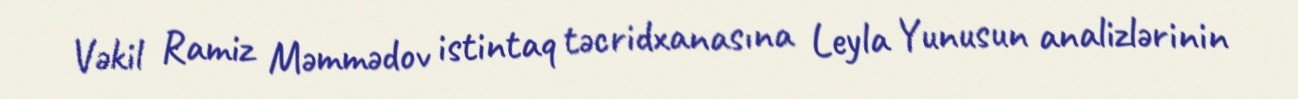
Vəkil Ramiz Məmmədov istintaq təcridxanasına Leyla Yunusun analizlərinin